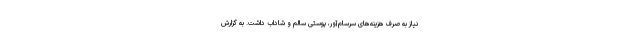
نیاز به صرف هزینه‌های سرسام‌آور، پوستی سالم و شاداب داشت. به گزارش